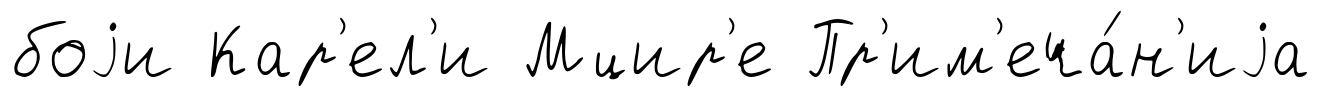
боjи Кар'ел'и Мцир'е Пр'им'еча́н'иjа